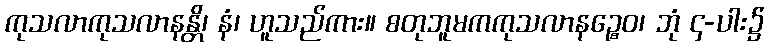
ကုသလာကုသလာနန္တိ၊ နံ၊ ဟူသည်ကား။ စတုဘူမကကုသလာနဉ္စေဝ၊ ဘုံ ၄-ပါး၌